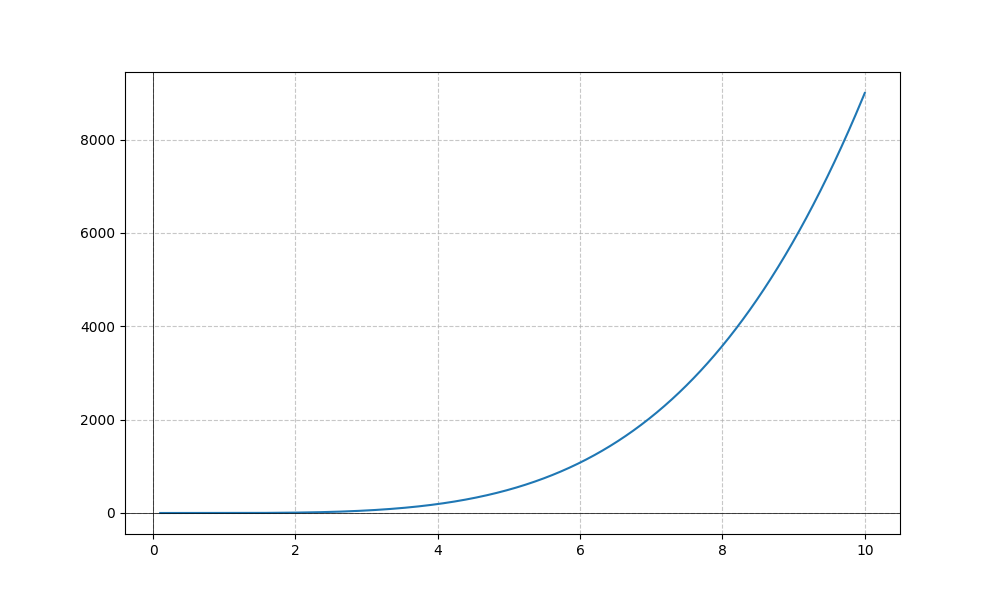
LaTeX formula: x^{4} - x^{3}